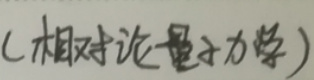
（相对论量子力学）